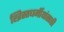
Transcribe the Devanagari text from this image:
ख्रिस्तधर्मीयांसाठी